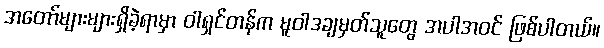
အတော်များများရှိခဲ့ရာမှာ ဝါရှင်တန်က မူဝါဒချမှတ်သူတွေ အပါအဝင် ဖြစ်ပါတယ်။